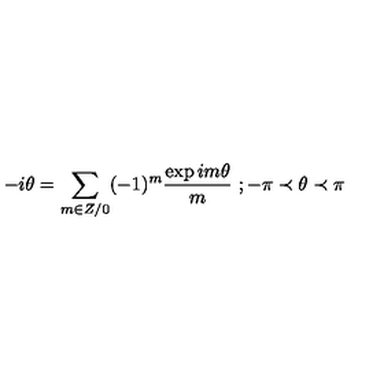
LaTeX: - i \theta = \sum _ { m \in Z / 0 } ( - 1 ) ^ { m } \frac { \exp i m \theta } { m } \textrm { } ; - \pi \prec \theta \prec \pi